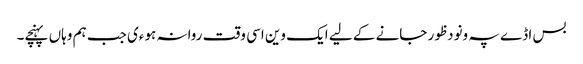
بس اڈے پہ ونودظور جانے کے لیے ایک وین اسی وقت روانہ ہوءی جب ہم وہاں پہنچے۔